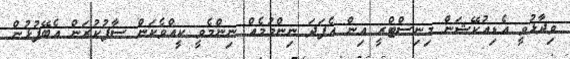
ވިދާޅުވީ އެޑިއުކޭޝަން މިނިސްޓްރީީ އިން އެފަދަ ނިންމުމެއް ނިންމެވީ ކީއްވެކަން ސާފުކުރަން އެބޭފުޅުން